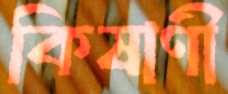
কিষাণী